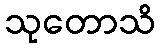
သုတောသိ